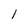
Character: l